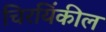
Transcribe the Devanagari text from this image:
चिरयिंकील